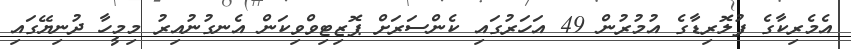
އެމެރިކާގެ ފުލޮރިޑާގެ އުމުރުން 49 އަހަރުގައި ކެންސަރަށް ޕޮޒިޓިވްވިކަން އެނގުނުއިރު މިމީހާ ދުނިޔޭގައި